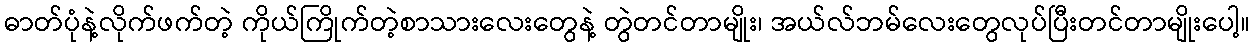
ဓာတ်ပုံနဲ့လိုက်ဖက်တဲ့ ကိုယ်ကြိုက်တဲ့စာသားလေးတွေနဲ့ တွဲတင်တာမျိုး၊ အယ်လ်ဘမ်လေးတွေလုပ်ပြီးတင်တာမျိုးပေါ့။